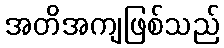
အတိအကျဖြစ်သည်